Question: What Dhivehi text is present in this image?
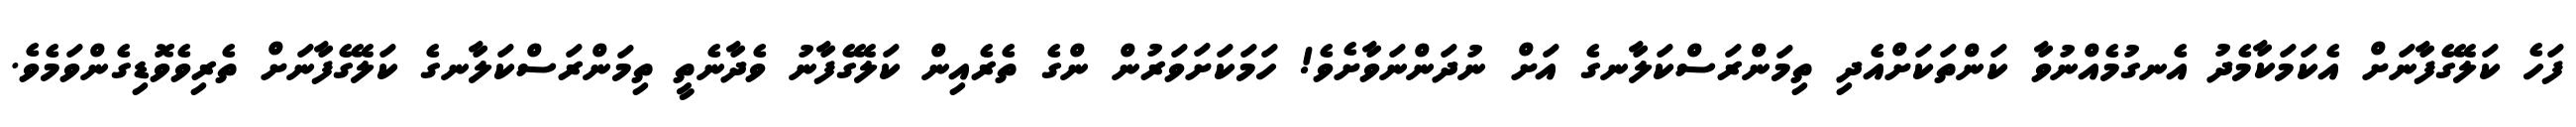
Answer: ފަހެ ކަލޭގެފާނަށް އެކަމަކާމެދު އެނގުމެއްނުވާ ކަންތަކަށްއެދި ތިމަންރަސްކަލާނގެ އަށް ނުދަންނަވާށެވެ! ހަމަކަށަވަރުން ންގެ ތެރެއިން ކަލޭގެފާނު ވެދާނެތީ ތިމަންރަސްކަލާނގެ ކަލޭގެފާނަށް ތެރިވެވޮޑިގެންވަމެވެ.